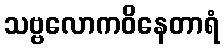
သဗ္ဗလောကဝိနေတာရံ